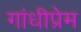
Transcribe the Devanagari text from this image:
गांधीप्रेम